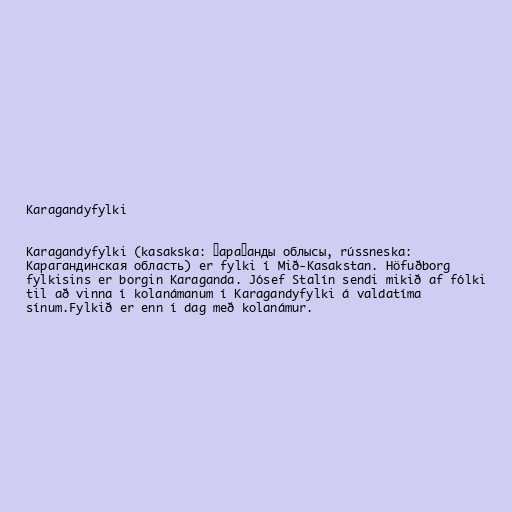
Karagandyfylki

Karagandyfylki (kasakska: Қарағанды облысы, rússneska:
Карагандинская область) er fylki í Mið-Kasakstan. Höfuðborg
fylkisins er borgin Karaganda. Jósef Stalín sendi mikið af fólki
til að vinna í kolanámanum í Karagandyfylki á valdatíma
sínum.Fylkið er enn í dag með kolanámur.